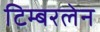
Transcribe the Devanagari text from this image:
टिम्बरलेन